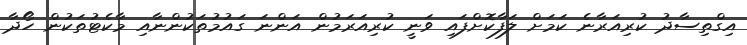
އިގްތިސާދު ކުރިއަރާނެ ކަމަށް ލަފާކޮށްފައި ވަނީ ކުރިއަރަމުން އަންނަ ގައުމުތަކުންނާއި މާކެޓުތަކުން ހޯދާ